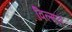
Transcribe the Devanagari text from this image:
विल्मार